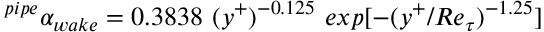
^ { p i p e } \alpha _ { w a k e } = 0 . 3 8 3 8 ~ ( y ^ { + } ) ^ { - 0 . 1 2 5 } ~ e x p [ - ( y ^ { + } / R e _ { \tau } ) ^ { - 1 . 2 5 } ]